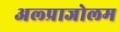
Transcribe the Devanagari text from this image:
अल्प्राजोलम